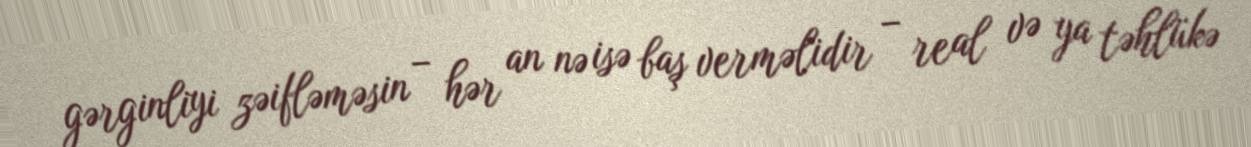
gərginliyi zəifləməsin – hər an nə isə baş verməlidir – real və ya təhlükə